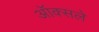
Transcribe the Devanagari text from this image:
ऑक्सले